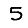
Digit: 5